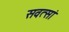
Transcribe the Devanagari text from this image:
सवत्सां